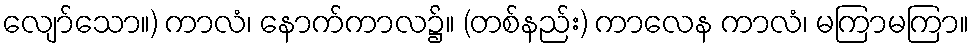
လျော်သော။) ကာလံ၊ နောက်ကာလ၌။ (တစ်နည်း) ကာလေန ကာလံ၊ မကြာမကြာ။